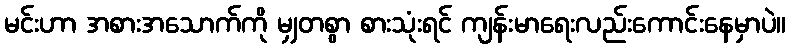
မင်းဟာ အစားအသောက်ကို မျှတစွာ စားသုံးရင် ကျန်းမာရေးလည်းကောင်းနေမှာပဲ။